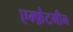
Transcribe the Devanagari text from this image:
एम्फ़ैटमीन